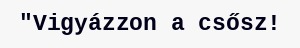
"Vigyázzon a csősz!